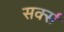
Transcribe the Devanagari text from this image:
सर्क्स